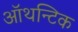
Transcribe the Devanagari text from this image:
ऑथन्टिक